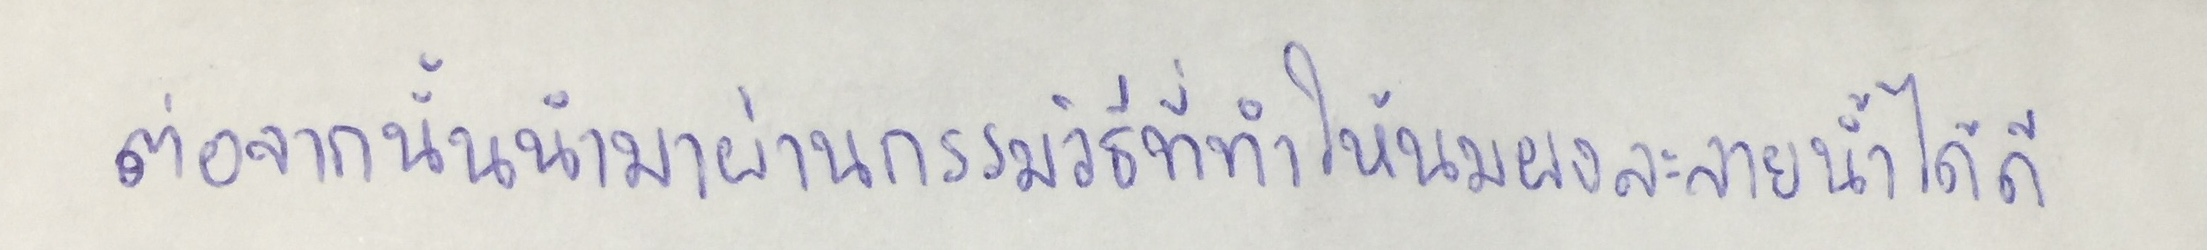
ต่อจากนั้นนำมาผ่านกรรมวิธีที่ทำให้นมผงละลายน้ำได้ดี